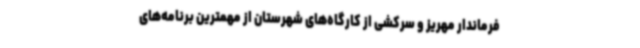
فرماندار مهریز و سرکشی از کارگاه‌های شهرستان از مهمترین برنامه‌های